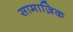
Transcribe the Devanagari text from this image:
सामाज़िक